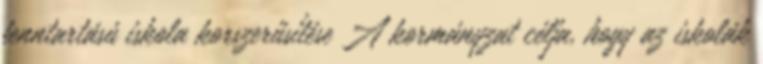
fenntartású iskola korszerűsítése A kormányzat célja, hogy az iskolák